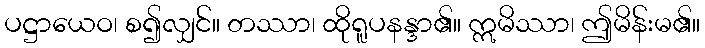
ပဋ္ဌာယေဝ၊ စ၍လျှင်။ တဿာ၊ ထိုရူပနန္ဒာ၏။ ဣမိဿာ၊ ဤမိန်းမ၏။